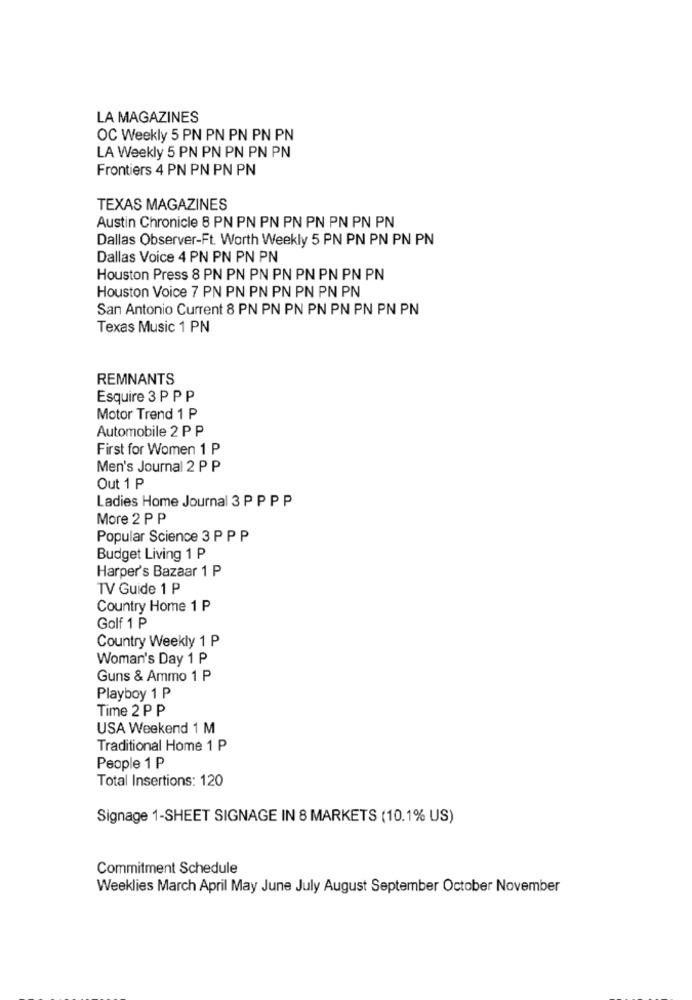
LA MAGAZINES
OC Weekly 5 PN PN PN PN PN
LA Weekly 5 PN PN PN PN PN
Frontiers 4 PN PN PN PN
TEXAS MAGAZINES
Austin Chronicle 8 PN PN PN PN PN PN PN PN
Dallas Observer-Ft. Worth Weekly 5 PN PN PN PN PN
Dallas Voice 4 PN PN PN PN
Houston Press 8 PN PN PN PN PN PN PN PN
Houston Voice 7 PN PN PN PN PN PN PN
San Antonio Current 8 PN PN PN PN PN PN PN PN
Texas Music 1 PN
REMNANTS
Esquire 3 P P P
Motor Trend 1 P
Automobile 2 P P
First for Women 1 P
Men's Journal 2 P P
Out 1 P
Ladies Home Journal 3 P P P P
More 2 P P
Popular Science 3 P P P
Budget Living 1 P
Harper's Bazaar 1 P
TV Guide 1 P
Country Home 1 P
Golf 1 P
Country Weekly 1 P
Woman's Day 1 P
Guns & Ammo 1 P
Playboy 1 P
Time 2 P P
USA Weekend 1 M
Traditional Home 1 P
People 1 P
Total Insertions: 120
Signage 1-SHEET SIGNAGE IN 8 MARKETS (10.1% US)
Commitment Schedule
Weeklies March April May June July August September October November